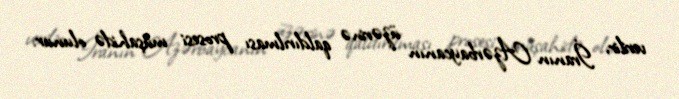
verilir, İranın Azərbaycanın üzərinə qaldırılması prosesi müşahidə olunur.